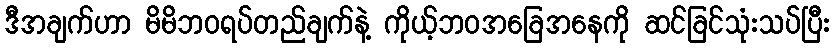
ဒီအချက်ဟာ မိမိဘဝရပ်တည်ချက်နဲ့ ကိုယ့်ဘဝအခြေအနေကို ဆင်ခြင်သုံးသပ်ပြီး